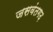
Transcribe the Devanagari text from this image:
जसवंतगढ़